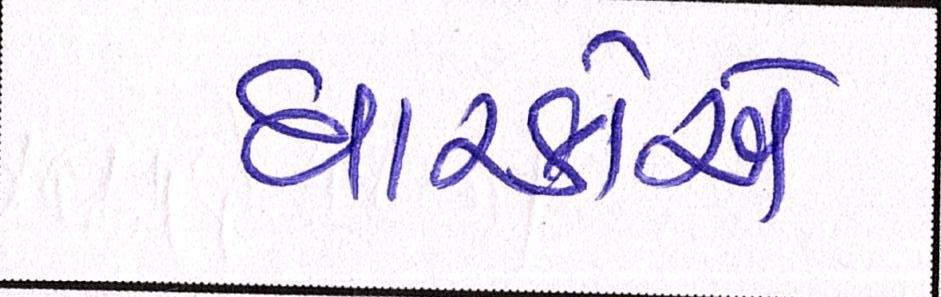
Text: ધારકોએ